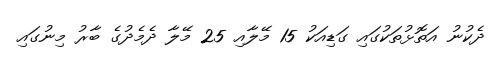
ދެކުނު އަތޮޅުުތަކުގައި ގަޑިއަކު 15 މޭލާއި 25 މޭލާ ދެމެދުގެ ބާރު މިނުގައި